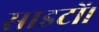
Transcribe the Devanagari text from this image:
साइटों।